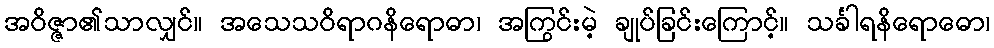
အဝိဇ္ဇာ၏သာလျှင်။ အသေသဝိရာဂနိရောဓာ၊ အကြွင်းမဲ့ ချုပ်ခြင်းကြောင့်။ သင်္ခါရနိရောဓော၊